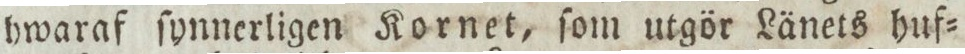
hwaraf ſynnerligen Kornet, ſom utgör Länets huf=